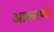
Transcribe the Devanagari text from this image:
आकाणी